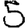
Digit: 5